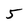
Character: 5